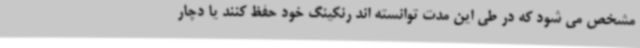
مشخص می شود که در طی این مدت توانسته اند رنکینگ خود حفظ کنند یا دچار